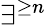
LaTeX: \exists^{\geq n}